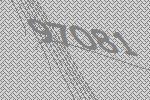
97081